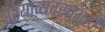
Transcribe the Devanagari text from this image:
वेश्याव्यवसायही